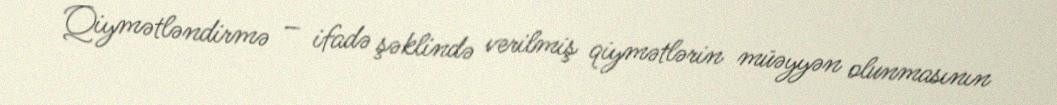
Qiymətləndirmə – ifadə şəklində verilmiş qiymətlərin müəyyən olunmasının